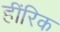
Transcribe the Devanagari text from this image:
हींरिक